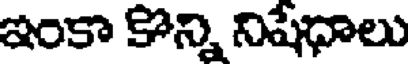
ఇంకా కొన్ని నిషేధాలు